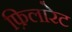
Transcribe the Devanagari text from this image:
फ़िलारेट